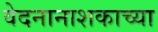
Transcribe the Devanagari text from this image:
वेदनानाशकाच्या